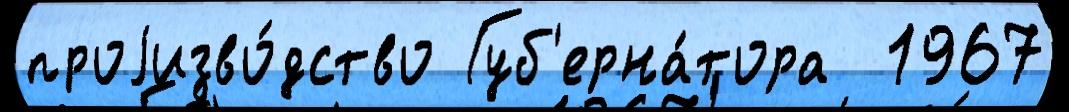
проjизво́дство Губ'ерна́тора  1967